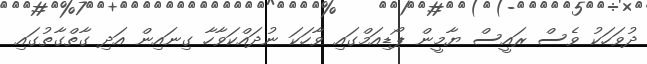
ދުވަހަކު ވެސް ރައީސް ޔާމީން ޕޯޑިއަމްގައި ވާހަކަ ނުދައްކަވާހާ ގިނައިން އަދި ގާތްގާތުގައި